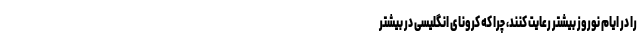
را در ایام نوروز بیشتر رعایت کنند، چرا که کرونای انگلیسی در بیشتر